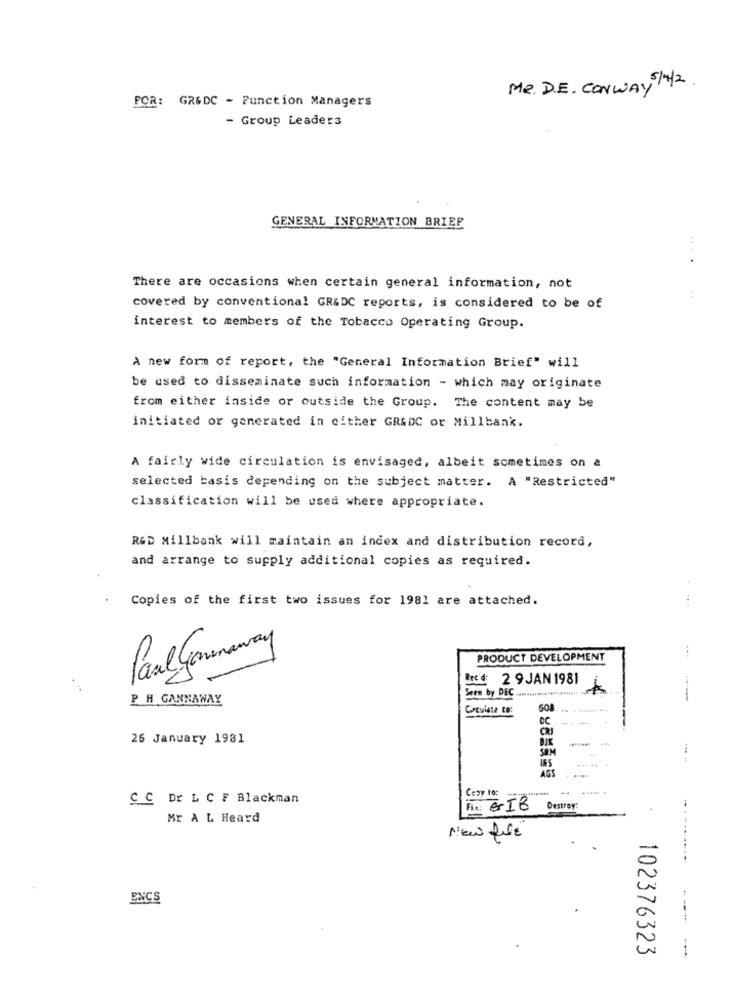
Me. D.E. CONWAY 5 /4/2
POR: GR&DC - Function Managers
- Group Leaders
GENERAL INFORMATION BRIEF
.
There are occasions when certain general information, not
covered by conventional GR&DC reports, is considered to be of
interest to members of the Tobacco Operating Group.
A new form of report, the "General Information Brief" will
be used to disseminate such information - which may originate
from either inside or outside the Group. The content may be
initiated or generated in either GR&DC or Millbank.
A fairly wide circulation is envisaged, albeit sometimes on &
selected basis depending on the subject matter. A "Restricted"
classification will be used where appropriate.
R&D Millbank will maintain an index and distribution record,
and arrange to supply additional copies as required.
Copies of the first two issues for 1981 are attached.
Paul Gonnaway
PRODUCT DEVELOPMENT
BIC': 2 9 JAN 1981
Seen by DEC
P H GANNAWAY
Crcuiate Co:
508
CC
---
26 January 1981
BIK
SOM
IRS
C C Dr L C F Blackman
Cezy to:
Fix: GIB
Destray:
Mr A L Heard
--..
New file
ENCS
102376323
-----